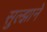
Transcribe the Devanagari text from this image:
सुल्झाने